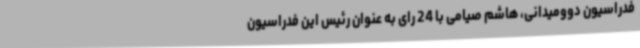
فدراسیون دوومیدانی، هاشم صیامی با 24 رای به عنوان رئیس این فدراسیون